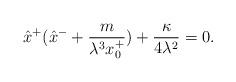
LaTeX: \begin{align*}\hat{x}^+(\hat{x}^- +\frac{m}{\lambda^3 x^+_0} )+\frac{\kappa}{4\lambda^2}=0.\end{align*}